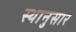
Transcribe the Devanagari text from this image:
स्थानुसार